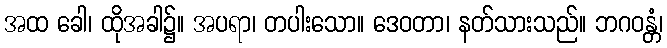
အထ ခေါ၊ ထိုအခါ၌။ အပရာ၊ တပါးသော။ ဒေဝတာ၊ နတ်သားသည်။ ဘဂဝန္တံ၊